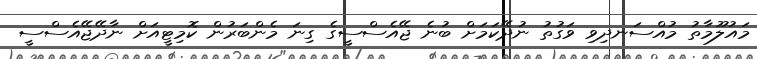
މައުލޫމާތު މުއްސަނދިވި ވަގުތު ނުދޭކަމަށް ބުނެ ޖޭއެސްސީގެ ގިނަ މެންބަރުން ކޮމިޓީއަށް ނާދޭޖޭއެސްސީ